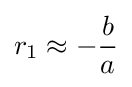
r_{1}\approx -{\frac {b}{a}}